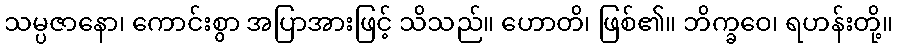
သမ္ပဇာနော၊ ကောင်းစွာ အပြာအားဖြင့် သိသည်။ ဟောတိ၊ ဖြစ်၏။ ဘိက္ခဝေ၊ ရဟန်းတို့။